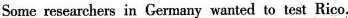
Some researchers in Germany wanted to test Rico.